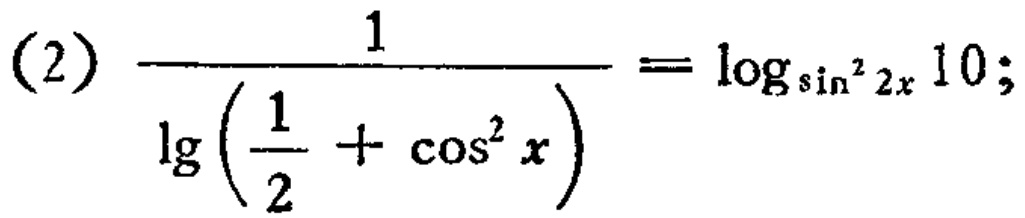
\[(2)\ \frac{1}{\lg\left(\frac{1}{2}+\cos^{2}x\right)} = \log_{\sin^{2}2x}10;\]